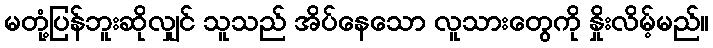
မတုံ့ပြန်ဘူးဆိုလျှင် သူသည် အိပ်နေသော လူသားတွေကို နှိုးလိမ့်မည်။